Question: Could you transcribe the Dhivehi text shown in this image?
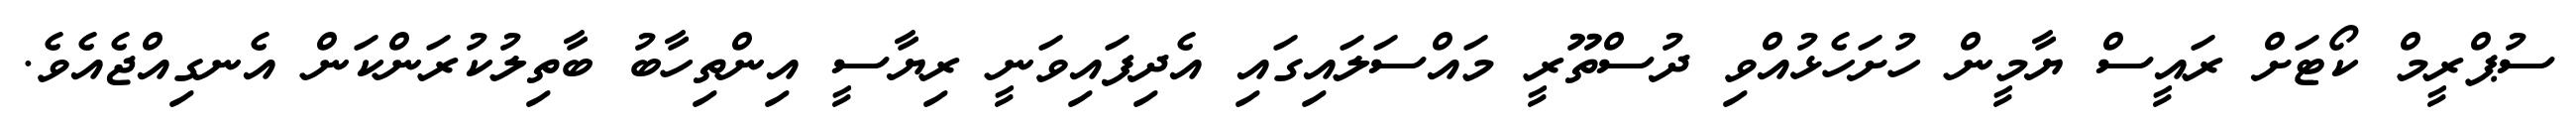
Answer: ސުޕްރީމް ކޯޓަށް ރައީސް ޔާމީން ހުށަހެޅުއްވި ދުސްތޫރީ މައްސަލައިގައި އެދިފައިވަނީ ރިޔާސީ އިންތިހާބު ބާތިލުކުރަންކަން އެނގިއްޖެއެވެ.